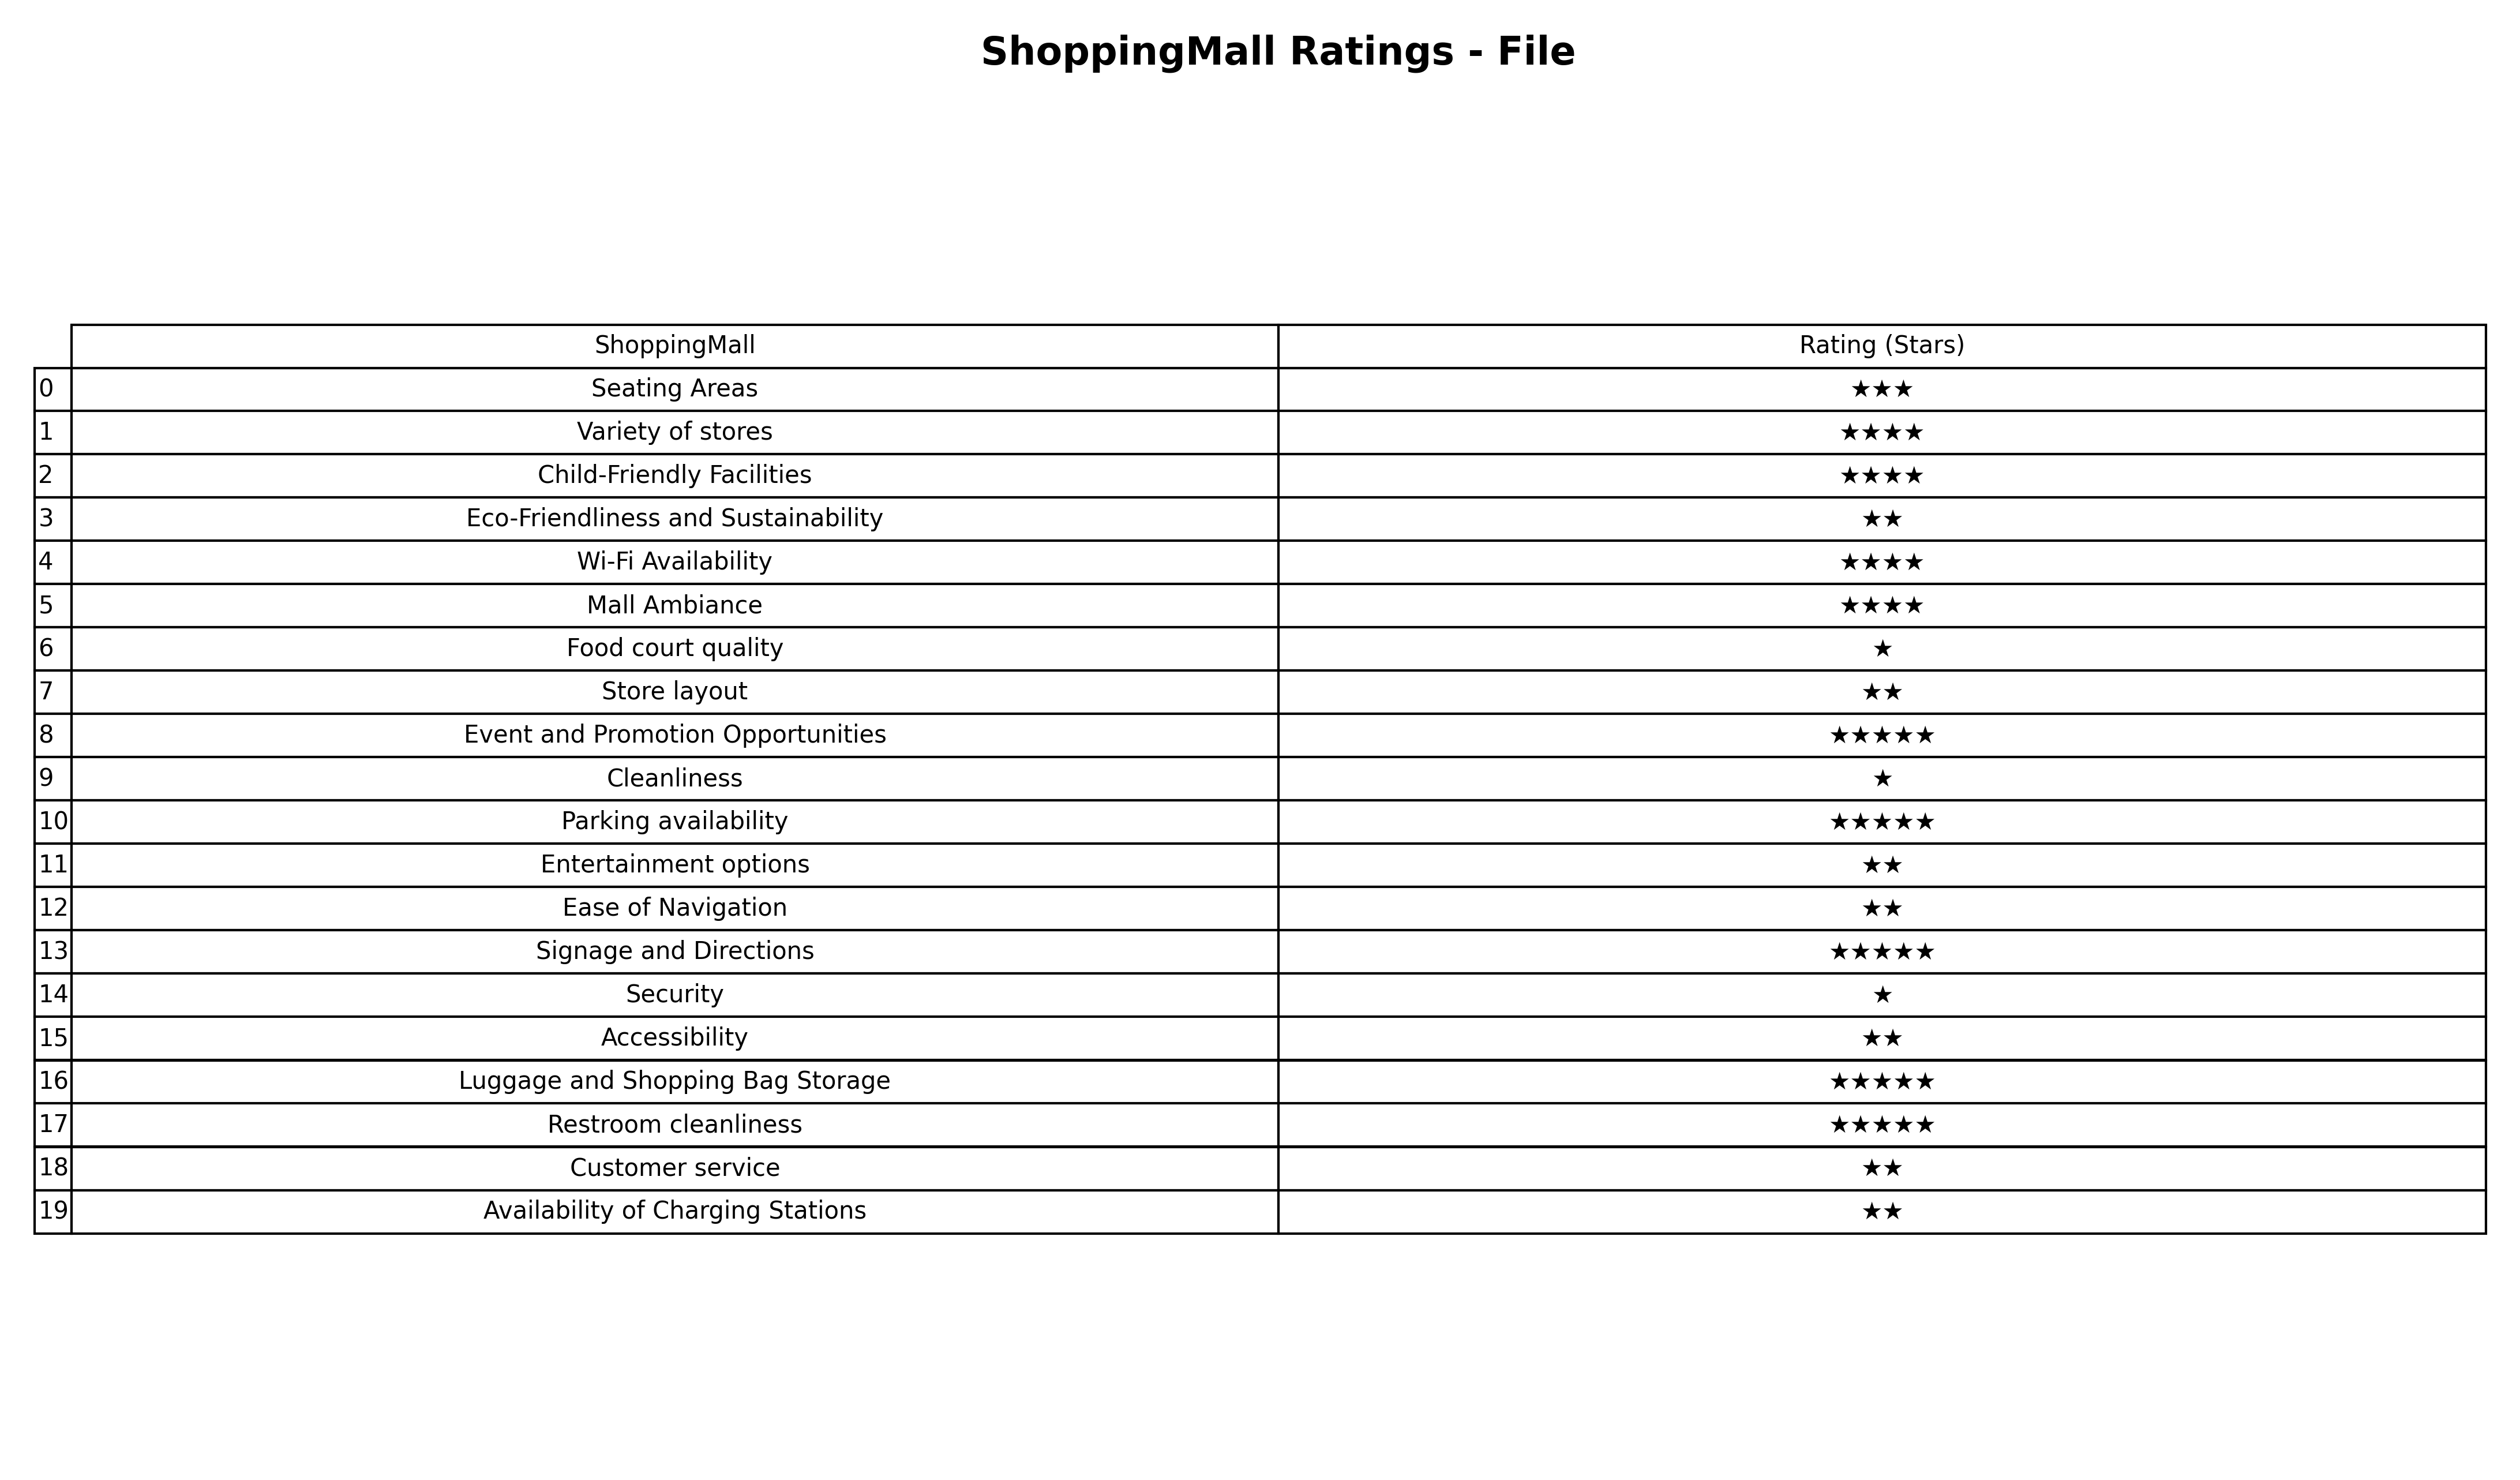
question: What are five star services?
answer: Event and Promotion OpportunitiesParking availabilitySignage and DirectionsLuggage and Shopping Bag StorageRestroom cleanliness